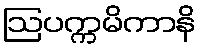
ဩပက္ကမိကာနိ